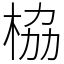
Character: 栛